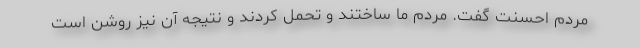
مردم احسنت گفت. مردم ما ساختند و تحمل کردند و نتیجه آن نیز روشن است